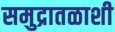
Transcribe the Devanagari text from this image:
समुद्रातळाशी